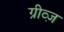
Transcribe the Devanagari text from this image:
ग्रीव्ज़